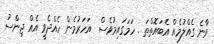
ވާނެ ގެއްލުމެއް އެބައޮތްތަ . ހަމަގައިމުވެސް  އަހަރުމެން ހެއްދެވީ އެއް ޖިންސު